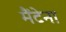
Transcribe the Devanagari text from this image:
मैंटेना